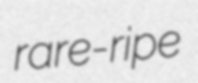
rare-ripe